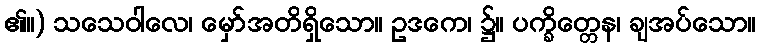
၏။) သသေဝါလေ၊ မှော်အတိရှိသော။ ဥဒကေ၊ ၌။ ပက္ခိတ္တေန၊ ချအပ်သော။